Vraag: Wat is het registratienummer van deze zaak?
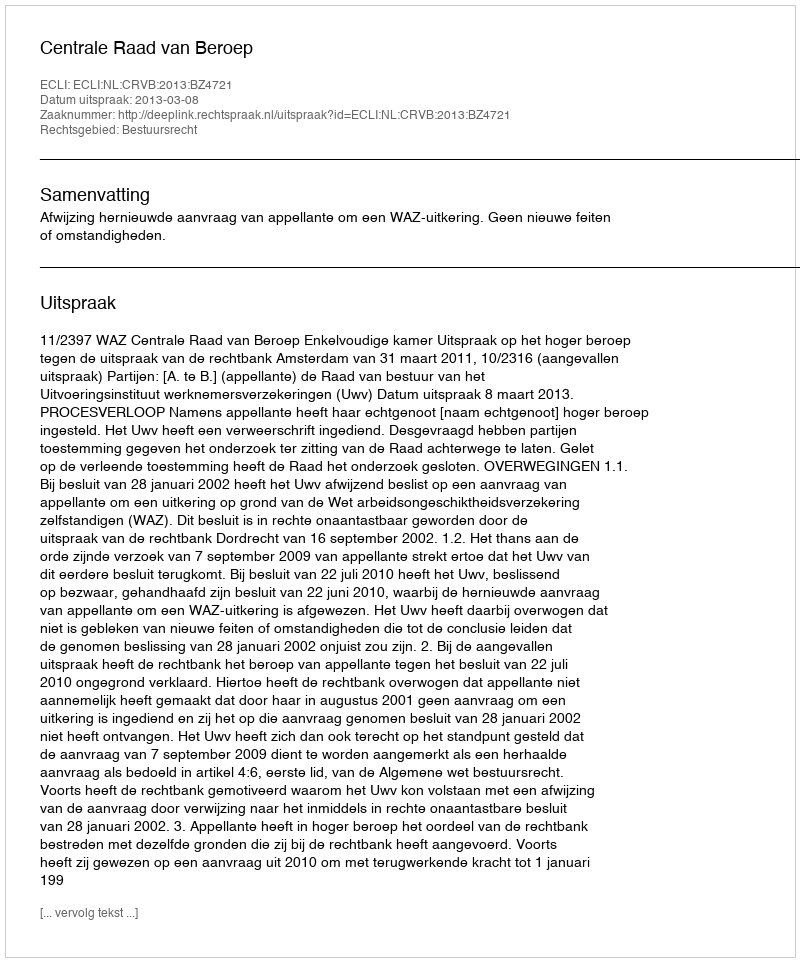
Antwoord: http://deeplink.rechtspraak.nl/uitspraak?id=ECLI:NL:CRVB:2013:BZ4721